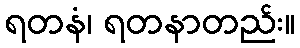
ရတနံ၊ ရတနာတည်း။